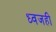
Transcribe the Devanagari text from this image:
ध्वजही